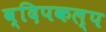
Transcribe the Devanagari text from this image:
व्दिपकल्प